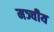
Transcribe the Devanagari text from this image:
मञ्चीय